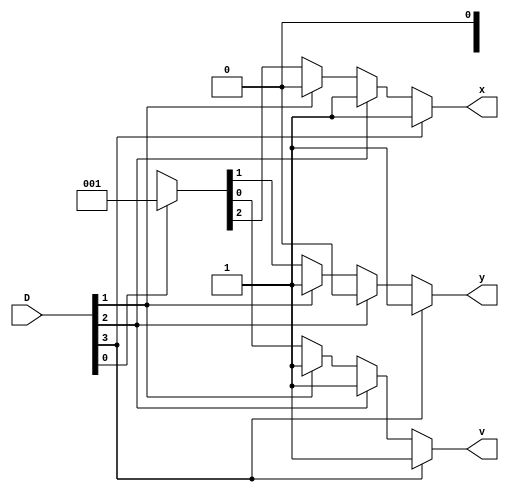
`timescale 1ns / 1ps


module encoder(
input wire [3:0] D,
output reg x,y,v
    );
    
    always @*
    if(D[3]==1'b1)
    {x,y,v}=3'b111;
     else if(D[2]==1'b1)
    {x,y,v}=3'b101;
     else if(D[1]==1'b1)
    {x,y,v}=3'b011;
    else if(D[0]==1'b1) 
    {x,y,v}=3'b001;
    else
    {x,y,v}=3'bxx0;
endmodule